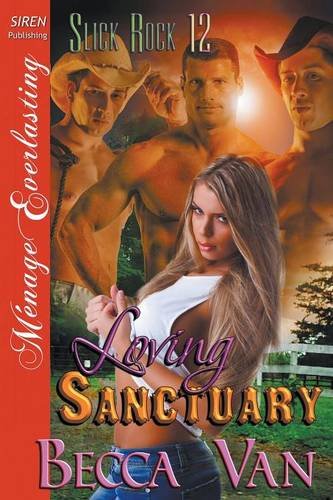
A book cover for Loving Sanctuary [Slick Rock 12] (Siren Publishing Menage Everlasting); Becca Van; Romance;